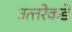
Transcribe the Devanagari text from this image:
उत्‍तरेकडे